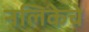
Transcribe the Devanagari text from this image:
नलिकेचे